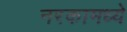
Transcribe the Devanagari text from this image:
नरकामध्ये